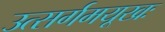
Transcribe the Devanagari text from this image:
उत्सर्गमयूखः